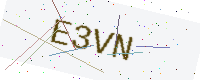
Text: E3VN